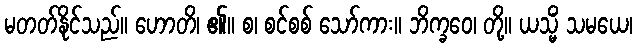
မတတ်နိုင်သည်။ ဟောတိ၊ ၏။ စ၊ စင်စစ် သော်ကား။ ဘိက္ခဝေ၊ တို့။ ယသ္မိံ သမယေ၊